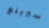
سبرينغ